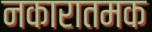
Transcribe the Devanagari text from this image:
नकारातमक